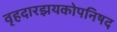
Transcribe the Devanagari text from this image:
वृहदारझयकोपनिषद